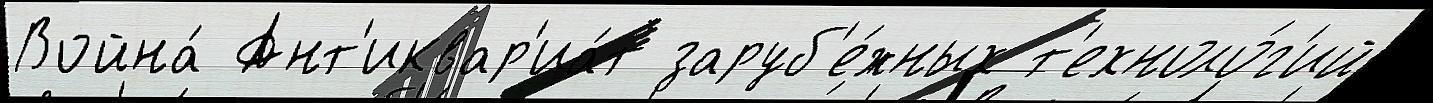
Война́ Ант'иквар'иа́т заруб'е́жных т'ехноло́г'ий